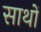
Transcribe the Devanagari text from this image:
साथों